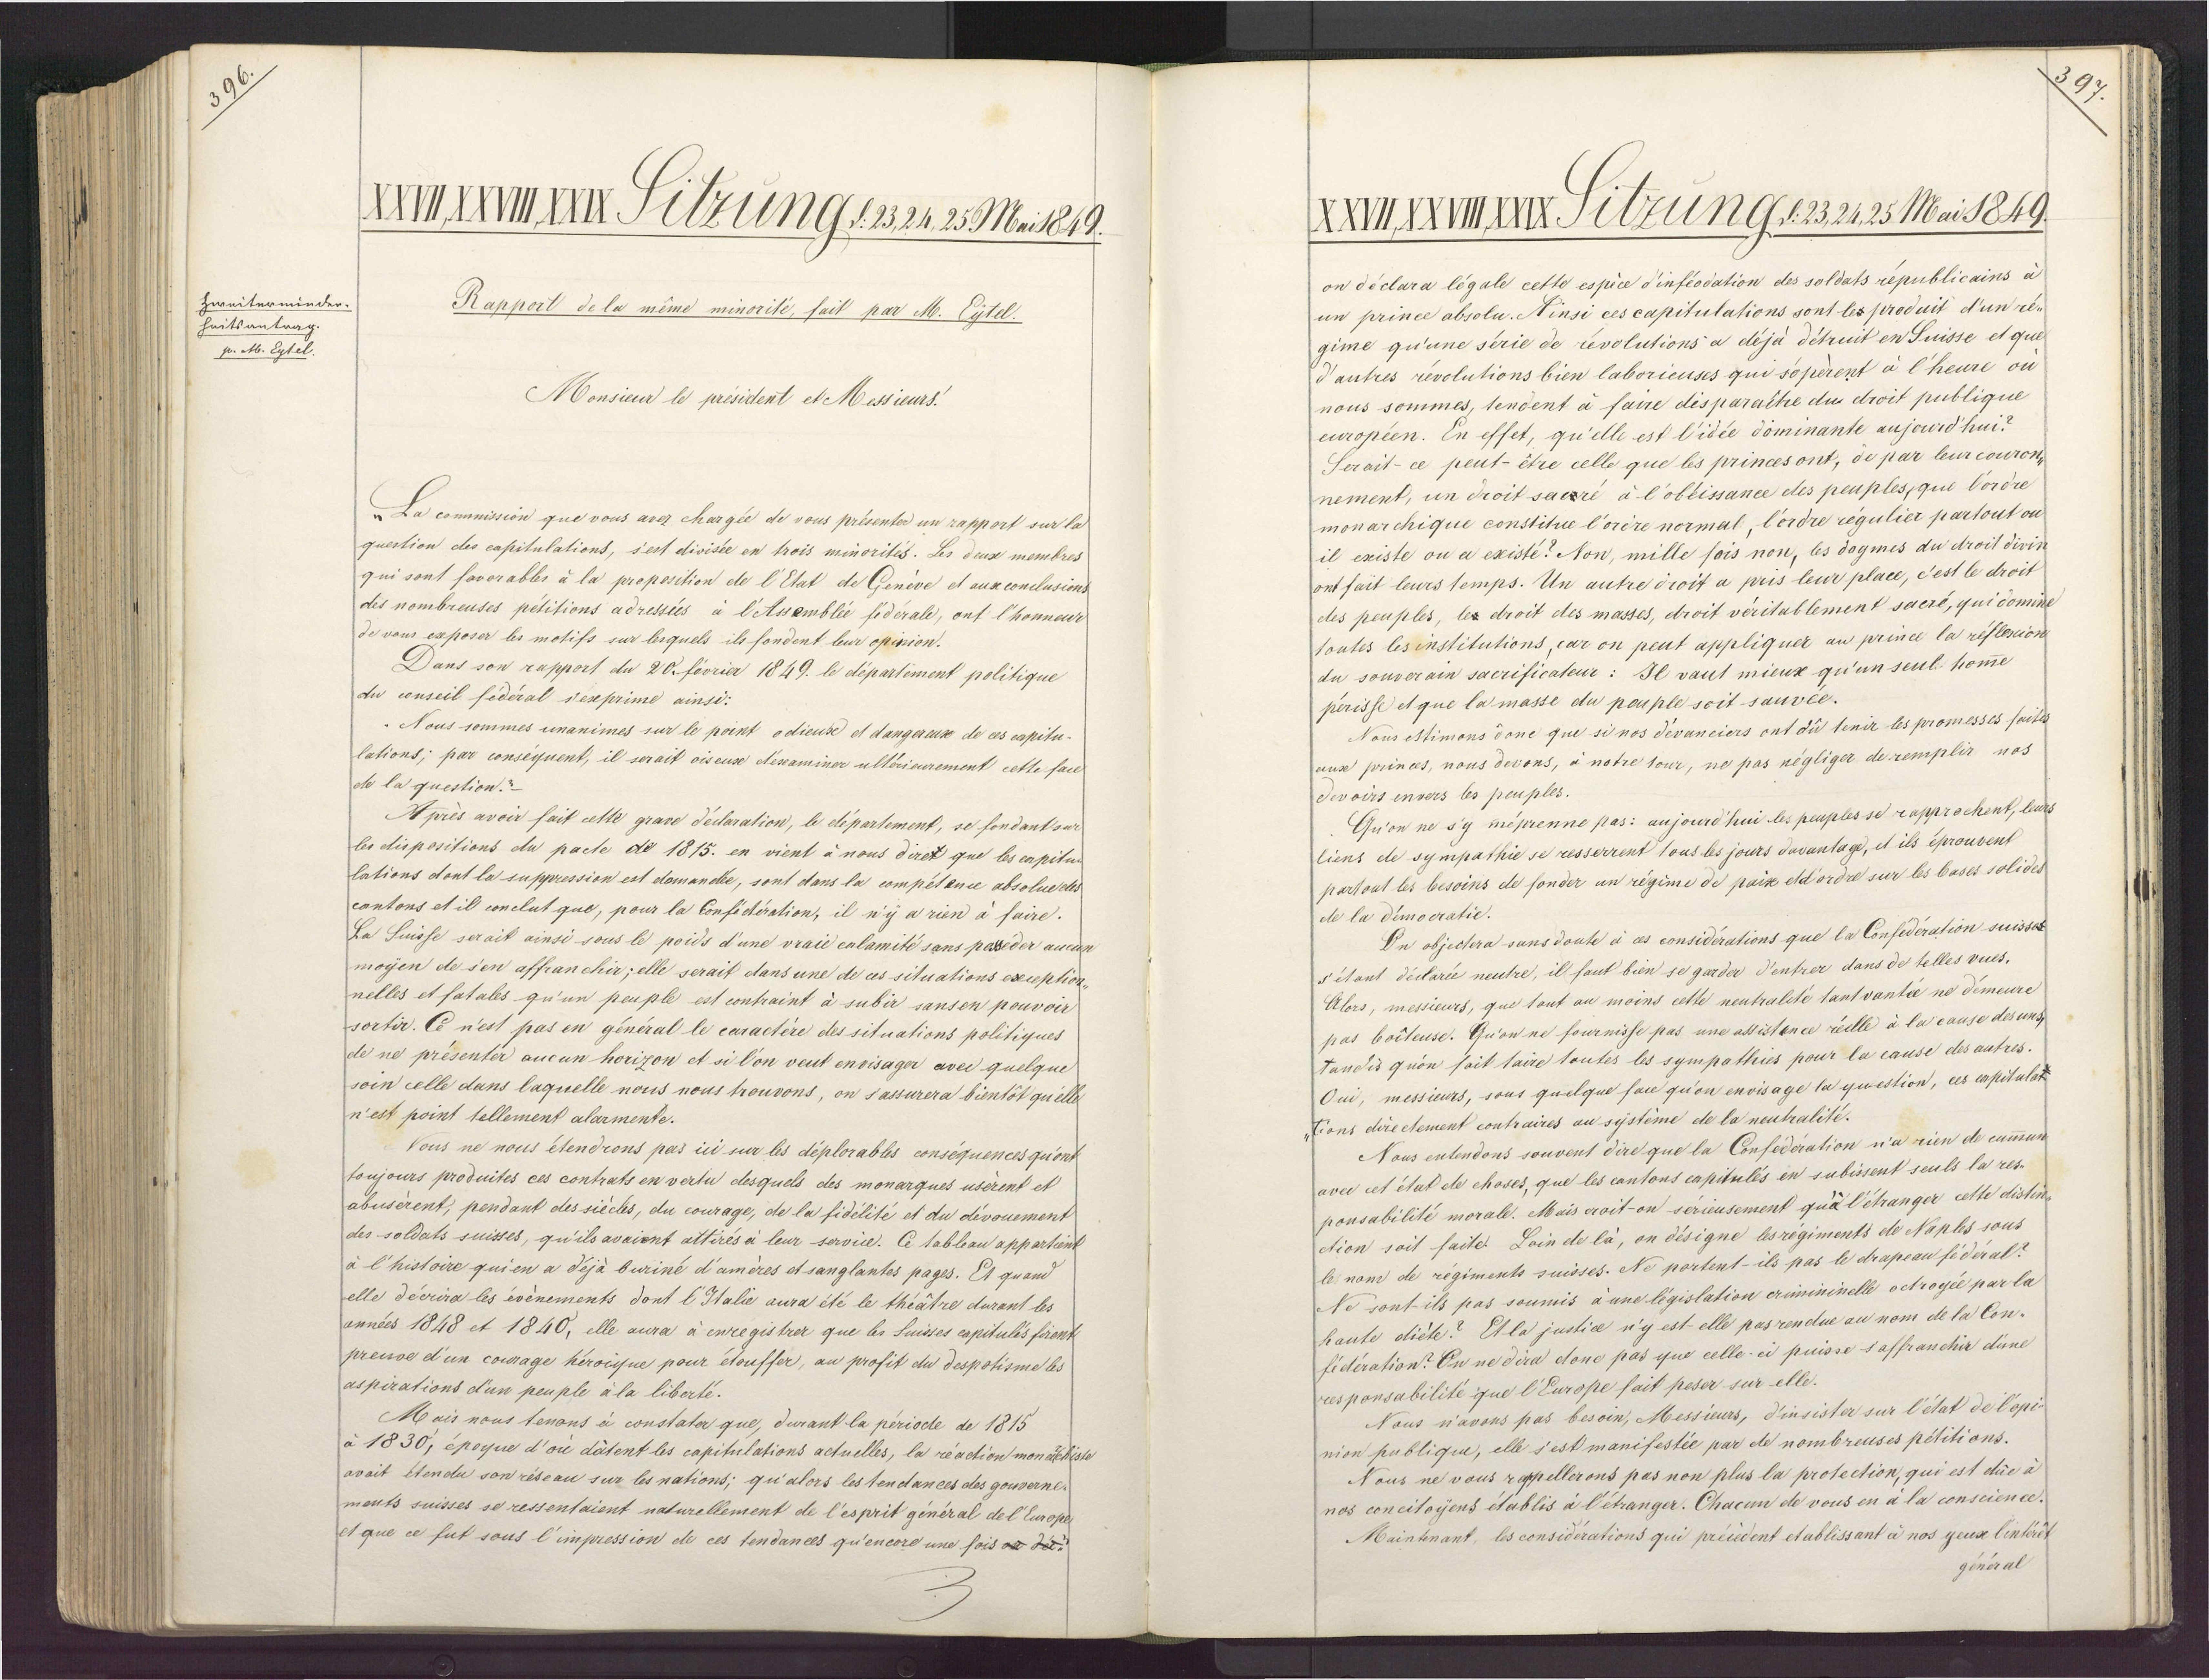
Zweiterminder.
heitsantrag.
p. M. Eytel.

XMAxXI Sitzung s.2321. 25 Meit219.
Rapporl de la même minorilé, fait par M. Eytel.
Monsieur le président et Messieurs.
La commision que vous avez chargée de vous présente un rapport sur la
question des capitulations, s'est divisée en trois minorités. Les deux membres
qui sont favorables à la proposition de l'Etat de Genéve et aux conclusient
des nombreuses pétitions adressés à lAssembléé fidérale, ont l'honneur
de vous exposer les motifs sur lesquels ils fondent leur opision.
Dans son rapport du 20. fevrier 1849. le département politique
du conseil fédéral sexprime ainsi:
"Nous sommes unanimes sur le point odieusé et dangeeux de ces capilu-
lations; par conséquent, il serait oiseux déxaminer ulléieurement cette fait
de la question?
Après avoir fait celte grave déclaration, le département, se fondant sur
les dispositions du pacle de 1815. en vient à nous diret que les capitur
lations dont la suppression est domandée, sont dans la compétence absolue eld
cantons et il conclut que, pour la Confidération, il n’y a rien à faire.
La Suisſe serait ainsi sous le poids d'une vraie calamité sans paseder aucus
moyen de s'en affranchir; elle serait dans une de ces situations exception-
nelles et fatales qu'un peuple est contraint à subir sansen pouvoir
sortir. Ce n'est pas en général le caractére des sitnations politiques
de ne présentér aucun horizon et si l'on veut enoisager avec quelque
soin celle dans laquelle nous nous trouvons, on sassurera bientôt qu'ille
n’est point tellement alarmente.
Vous ne nous étendrons pas ici sur les déplorables conséquences qu'ont
toujours produites ces contrats en verlu desquels des monarques usérent et
abusérent, pendant des siécls, du courage, de la fidélité et du dévouement
des soldats suisses, qu'ils avaient attirés à leur service. Ce tableau appartient
à l’histoire qui en a déjà buriné d’améres e sanglantes pages. Et quand
elle décrira les événements dont lIalie aura été le théâtre durant les
années 1848 et 1840, elle aura à enregistrer que les suisses capitulis foient
prenoe d'un courage héroiue pour etouffer, au profit du despotisme ls
aspirations d'un peuple à la liberté.
Mais nous tenons à constater que, durant la période de 1815
à 1830, époque d’ou dâtent les capitulations actuelles, la réaction mon achiste
avait étendu son réseau sur les nations; qu’alors les tendances des gouverne-
ments suisses se ressenlaient naturellement de l’'esprit général de l'Curopes
et que ce fut sous l’impression de ces tendances qu'encore une fois ae dét.

XXIXXIMXI Titzung s.232125 Mai 1849.
on déclara légale cette espice d'inféodation des soldats republicains à
un prince absolu. Ainsi ces capitulations sont les produit d'un ré¬
gime qu'une série de revolutions a dé ja détruit en Suisse et qui
d'antres revelutions bien laborieuses que sépérent à l'heure ou
nous sommes, tendent à faire dis paraitre du droit publique
européen. En effet, qu'elle est l'idée dominante au jourd'hui?
Serait- ce peut-être celle que les princesont, de par leur couron,
nement, un droit sacrré à l'oblissance des peuples,que Vordre
monarchique constitue l'orére normal, l'erdre régulies partout ou
il existe ou a existé? Non, mille fois non, les dogmes du droit divin
ont fait leurs lemps. Un autre droit a pris leur place, c'est le droit
des peup les, lex droit des masses, eroit véritablement sacré, qui domine
loutes les institutions, car on peut appliquer au prince la réflession
du souverain sacrificateur: Il vaut mieux qu'un seul homme
parisse et que la masse du pouple soit sanvée.
Nous estimons donc que si nos dévanciers ont dû lenir les promesses faitl
auxe princes, nous devons, à notre tour, ne pas négligsr de remplir nos
Sevoirs envers les peuples.
Quon ne s'y méprenne pas: aujourd'hui les peuples se rapprochent, ledes
liens de sympathie se resserrent tous les jours duvantage, et ils éprouvent
partout les besoins de fonder un régime de paix etd'ordre sur les bases solides
de la démocratie.
Un objectera sans doute à ces considérations que la Confédération suisset
s'élant déclarée neutre, il fant bien se garder d'entrer dans de telles vues.
Alors, messieurs, que tout au moins cette neutralété tant vantée ne démeure
pas boéteuse. Qu'on ne fournisse pas une assistence réelle à la cause des uns
tandis quon fait laire toutes les sympathies pour la cause des autres.
Oui, messieurs, sons quelque fau qu'on envisage la question, ces capitulat
tions dire ctement contraires au systême de la neutralité.
Nous entendons souvent dire que la Confedération n'a rien de cummun
avec cel état de choses, que les cantons capitulés en subissent seuls la res-
ponsabilité morale. Mais croiton serieusement quà l'étranger cette distin
ction soit faite. Loin de là, on désigne lesregiments de Naples sous
le nom de régiments suisses. Ne portent-ils pas le drapeau fé déral?
Ne sont ils pas soumis à une législation crimininelle octroyéé par la
haute diéte? Et la justice n'y est elle pasrendue au nom de la Con-
fidération? On ne dira donc pas que celle ci puisse saffranchir dune
rces ponsabilité que l'Europe fait peser sur elle.
Naus n'avons pas besoin, Messieurs, d'insiste sur l'état de l'opis
nion publique, elle s'est manifestée par de nombreuses pétitions.
Nous ne vous rapellerons pas non plus la prolection, qui est duc à
nos concitoyens ét ablis à l'étranger. Chacun de vous en a la conscient
Maintenant, les considérations qui précedent et ablissant à nos geux lintérér
genera